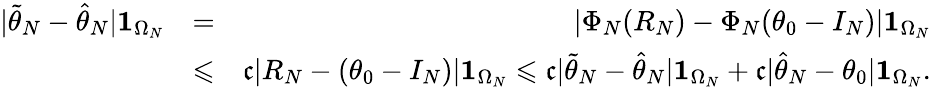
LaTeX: \begin{array}{rlr}{|\widetilde\theta_{N}-\widehat\theta_{N}|\mathbf 1_{\Omega_{N}}}&{=}&{|\Phi_{N}(R_{N})-\Phi_{N}(\theta_{0}-I_{N})|\mathbf 1_{\Omega_{N}}}\\ &{\leqslant}&{\mathfrak c|R_{N}-(\theta_{0}-I_{N})|\mathbf 1_{\Omega_{N}}\leqslant\mathfrak c|\widetilde\theta_{N}-\widehat\theta_{N}|\mathbf 1_{\Omega_{N}}+\mathfrak c|\widehat\theta_{N}-\theta_{0}|\mathbf 1_{\Omega_{N}}.}\end{array}